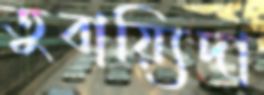
তুবায়্যিদা